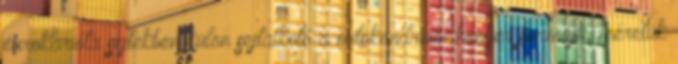
eurokarióta sejtekben külön sejtalkotó a mitokondrium henger formájú, méretük